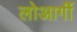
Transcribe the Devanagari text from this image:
लोआर्गी